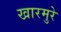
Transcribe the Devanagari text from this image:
खारमुरे